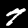
Digit: 7